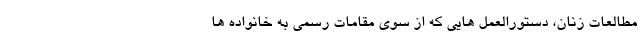
مطالعات زنان، دستورالعمل هایی که از سوی مقامات رسمی به خانواده ها